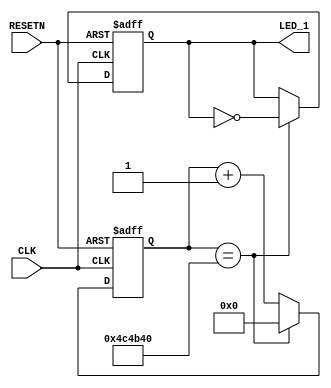
///////////////////////////////////////////////////////////////////////////////////////////////////
// Company: <Name>
//
// File history:
//      <Revision number>: <Date>: <Comments>
//      <Revision number>: <Date>: <Comments>
//      <Revision number>: <Date>: <Comments>
//
// Description: 
//
// <Description here>
//
// Targeted device: <Family::ProASIC3> <Die::A3P1000> <Package::208 PQFP>
//
/////////////////////////////////////////////////////////////////////////////////////////////////// 

//`timescale <time_units> / <precision>

module LED_blink(input CLK,
                 input RESETN,
                 output reg LED_1);

//<statements>
reg [23:0]CLK_5Hz;
always@(posedge CLK or negedge RESETN)
begin
    if(!RESETN)
        CLK_5Hz <= 24'd0;
    else if(CLK_5Hz == 24'd5_000_000)
        CLK_5Hz <= 24'd0;
    else
        CLK_5Hz <= CLK_5Hz + 1'b1;
end

always@(posedge CLK or negedge RESETN)
begin
    if(!RESETN)
        LED_1 <= 1'b0;
    else if(CLK_5Hz == 24'd5_000_000)
        LED_1 <= ~LED_1;
    else
        LED_1 <= LED_1;
end
endmodule